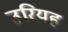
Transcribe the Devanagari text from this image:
उरियह